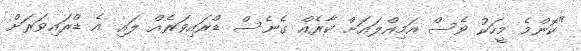
"ކޮންމެ މީހަކު ވެސް އަމިއްލައަށް ކާރެއް ގެނެސް ޑްރައިވަރެއް ލައި އެ ޑްރައިވަރަށް